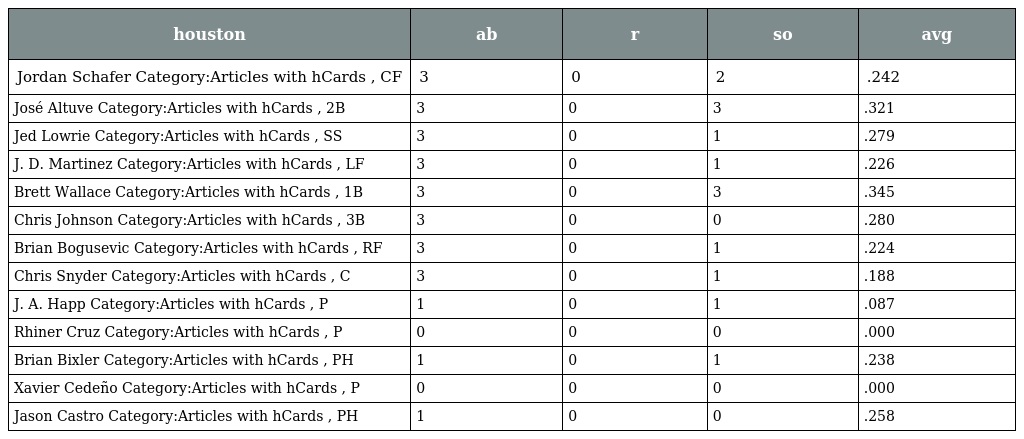
| houston | ab | r | so | avg |
 | --- | --- | --- | --- | --- |
 | Jordan Schafer Category:Articles with hCards , CF | 3 | 0 | 2 | .242 |
 | José Altuve Category:Articles with hCards , 2B | 3 | 0 | 3 | .321 |
 | Jed Lowrie Category:Articles with hCards , SS | 3 | 0 | 1 | .279 |
 | J. D. Martinez Category:Articles with hCards , LF | 3 | 0 | 1 | .226 |
 | Brett Wallace Category:Articles with hCards , 1B | 3 | 0 | 3 | .345 |
 | Chris Johnson Category:Articles with hCards , 3B | 3 | 0 | 0 | .280 |
 | Brian Bogusevic Category:Articles with hCards , RF | 3 | 0 | 1 | .224 |
 | Chris Snyder Category:Articles with hCards , C | 3 | 0 | 1 | .188 |
 | J. A. Happ Category:Articles with hCards , P | 1 | 0 | 1 | .087 |
 | Rhiner Cruz Category:Articles with hCards , P | 0 | 0 | 0 | .000 |
 | Brian Bixler Category:Articles with hCards , PH | 1 | 0 | 1 | .238 |
 | Xavier Cedeño Category:Articles with hCards , P | 0 | 0 | 0 | .000 |
 | Jason Castro Category:Articles with hCards , PH | 1 | 0 | 0 | .258 |